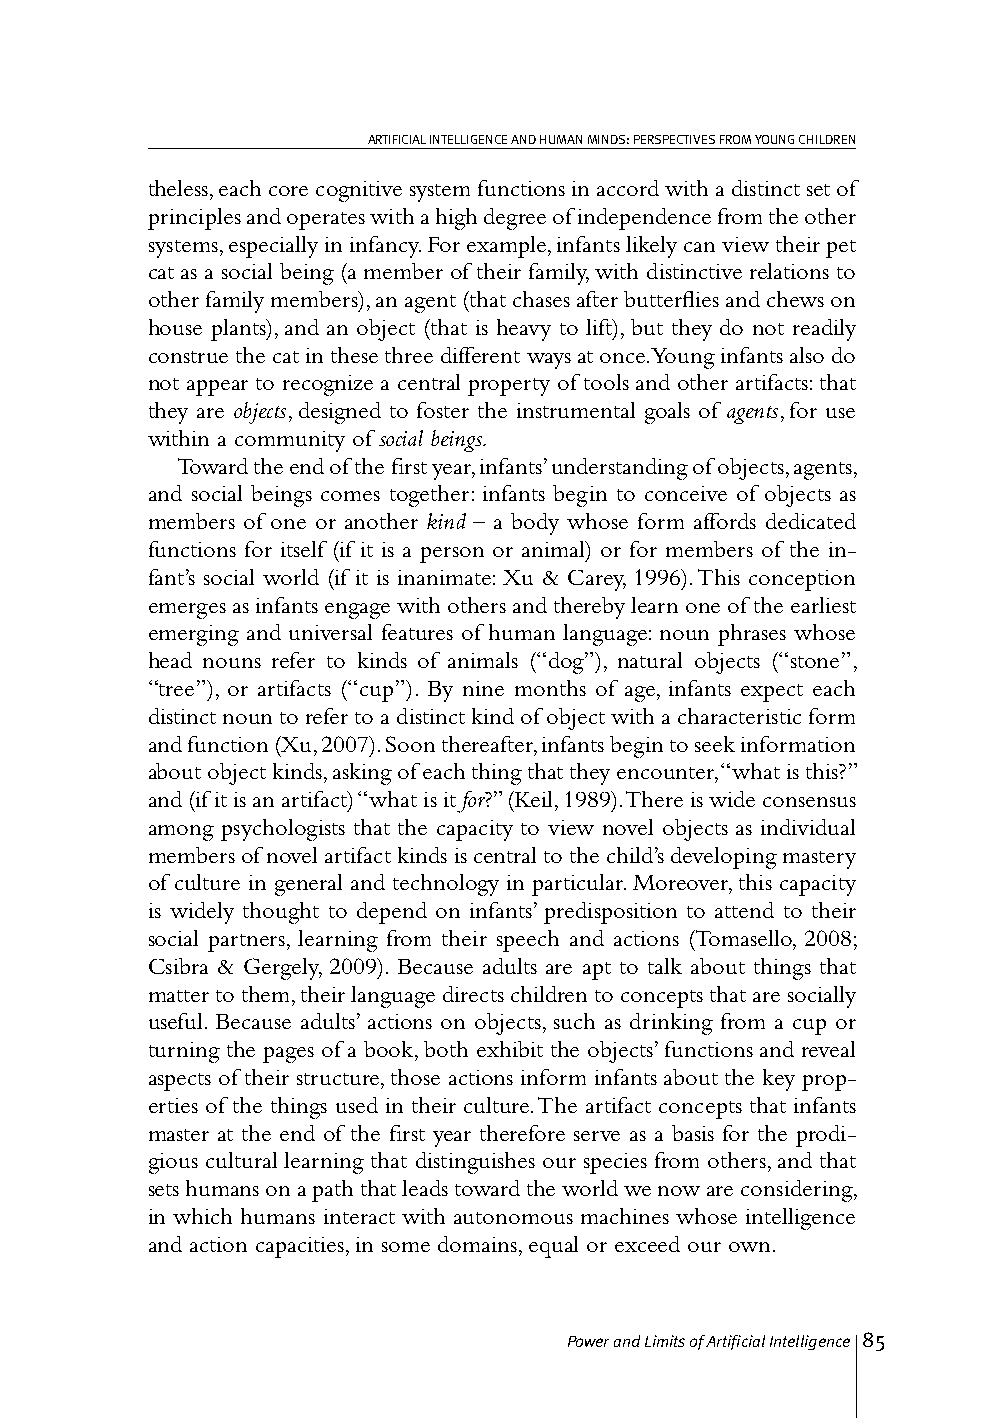
ARTIFICIAL INTELLIGENCE AND HUMAN MINDS: PERSPECTIVES FROM YOUNG CHILDREN
 theless, each core cognitive system functions in accord with a distinct set of
 principles and operates with a high degree of independence from the other
 systems, especially in infancy. For example, infants likely can view their pet
 cat as a social being (a member of their family, with distinctive relations to
 other family members), an agent (that chases after butterflies and chews on
 house plants), and an object (that is heavy to lift), but they do not readily
 construe the cat in these three different ways at once. Young infants also do
 not appear to recognize a central property of tools and other artifacts: that
 they are objects, designed to foster the instrumental goals of agents, for use
 within a community of social beings.
 Toward the end of the first year, infants’ understanding of objects, agents,
 and social beings comes together: infants begin to conceive of objects as
 members of one or another kind – a body whose form affords dedicated
 functions for itself (if it is a person or animal) or for members of the in-
 fant’s social world (if it is inanimate: Xu & Carey, 1996). This conception
 emerges as infants engage with others and thereby learn one of the earliest
 emerging and universal features of human language: noun phrases whose
 head nouns refer to kinds of animals (“dog”), natural objects (“stone”,
 “tree”), or artifacts (“cup”). By nine months of age, infants expect each
 distinct noun to refer to a distinct kind of object with a characteristic form
 and function (Xu, 2007). Soon thereafter, infants begin to seek information
 about object kinds, asking of each thing that they encounter, “what is this?”
 and (if it is an artifact) “what is it for?” (Keil, 1989). There is wide consensus
 among psychologists that the capacity to view novel objects as individual
 members of novel artifact kinds is central to the child’s developing mastery
 of culture in general and technology in particular. Moreover, this capacity
 is widely thought to depend on infants’ predisposition to attend to their
 social partners, learning from their speech and actions (Tomasello, 2008;
 Csibra & Gergely, 2009). Because adults are apt to talk about things that
 matter to them, their language directs children to concepts that are socially
 useful. Because adults’ actions on objects, such as drinking from a cup or
 turning the pages of a book, both exhibit the objects’ functions and reveal
 aspects of their structure, those actions inform infants about the key prop-
 erties of the things used in their culture. The artifact concepts that infants
 master at the end of the first year therefore serve as a basis for the prodi-
 gious cultural learning that distinguishes our species from others, and that
 sets humans on a path that leads toward the world we now are considering,
 in which humans interact with autonomous machines whose intelligence
 and action capacities, in some domains, equal or exceed our own.
 Power and Limits of Artificial Intelligence 85